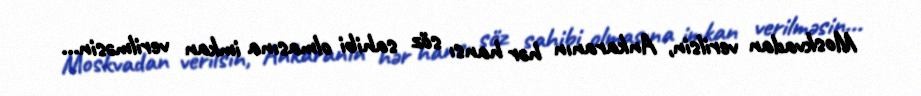
Moskvadan verilsin, Ankaranın hər hansı söz sahibi olmasına imkan verilməsin...